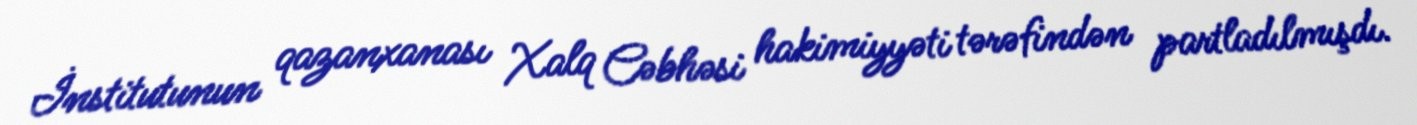
İnstitutunun qazanxanası Xalq Cəbhəsi hakimiyyəti tərəfindən partladılmışdı.